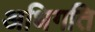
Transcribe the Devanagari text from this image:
अधिगति